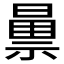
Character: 𫀝